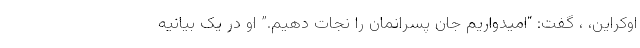
اوکراین، ، گفت: “امیدواریم جان پسرانمان را نجات دهیم.” او در یک بیانیه